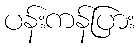
ပန်းကန်ပြား